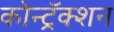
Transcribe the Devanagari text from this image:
कोन्ट्रॅक्शन